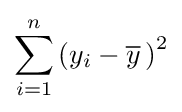
\sum _{i=1}^{n}\left(y_{i}-{\overline {y}}\,\right)^{2}